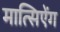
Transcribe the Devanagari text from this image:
मात्सिऐंग